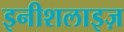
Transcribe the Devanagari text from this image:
इनीशलाइज़